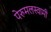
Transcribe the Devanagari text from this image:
पेरुमलस्वामी